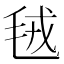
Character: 毧